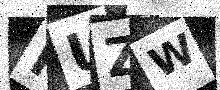
Text: IUZW